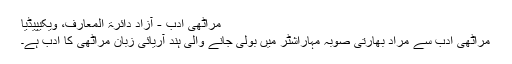
مراٹھی ادب - آزاد دائرۃ المعارف، ویکیپیڈیا
مراٹھی ادب سے مراد بھارتی صوبہ مہاراشٹر میں بولی جانے والی ہند آریائی زبان مراٹھی کا ادب ہے۔